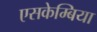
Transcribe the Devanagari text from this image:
एसकेम्बिया